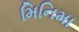
મિનિમા